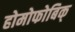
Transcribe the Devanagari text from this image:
होमोफोबिक्